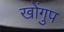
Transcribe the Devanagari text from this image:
खोंगुप